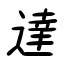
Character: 達